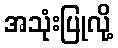
အသုံးပြုလို့